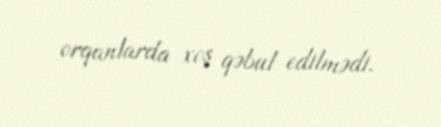
orqanlarda xoş qəbul edilmədi.